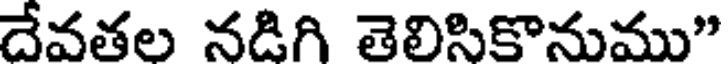
దేవతల నడిగి తెలిసికొనుము"